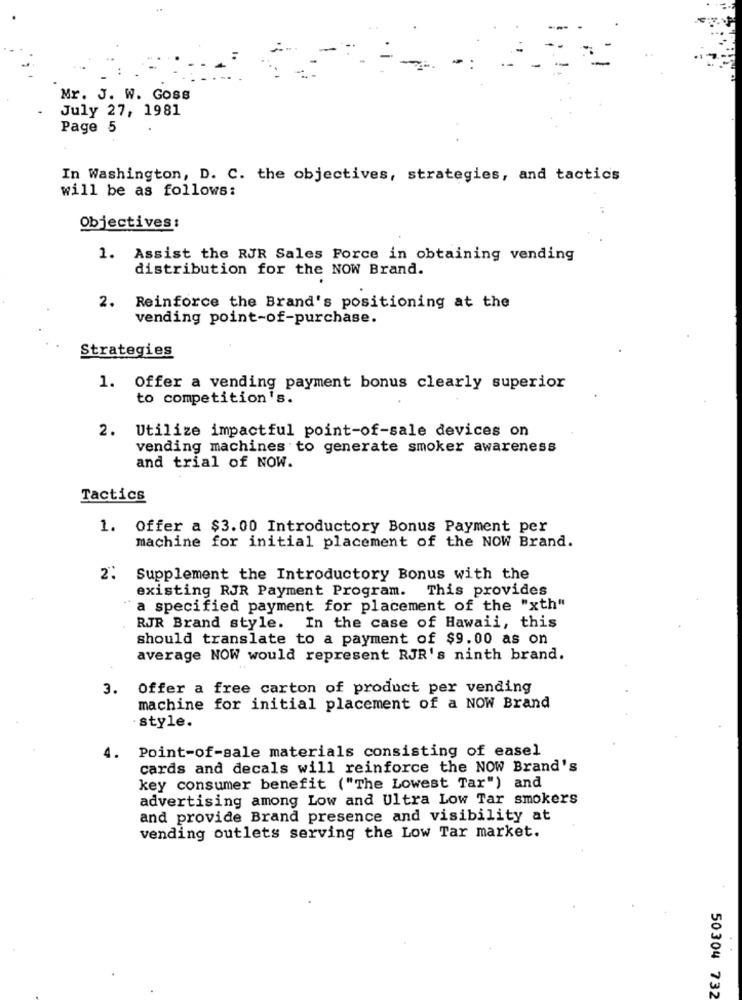
Mr. J. W. GOss
July 27, 1981
Page 5
In Washington, D. C. the objectives, strategies, and tactics
will be as follows:
Objectives:
1. Assist the RJR Sales Force in obtaining vending
distribution for the NOW Brand.
2. Reinforce the Brand's positioning at the
vending point-of-purchase.
Strategies
1. Offer a vending payment bonus clearly superior
to competition's.
2. Utilize impactful point-of-sale devices on
vending machines to generate smoker awareness
and trial of NOW.
Tactics
1. Offer a $3.00 Introductory Bonus Payment per
machine for initial placement of the NOW Brand.
2. Supplement the Introductory Bonus with the
existing RJR Payment Program. This provides
a specified payment for placement of the "xth"
RJR Brand style.
In the case of Hawaii, this
should translate to a payment of $9.00 as on
average NOW would represent RJR's ninth brand.
3. Offer a free carton of product per vending
machine for initial placement of a NOW Brand
style.
4. Point-of-sale materials consisting of easel
cards and decals will reinforce the NOW Brand's
key consumer benefit ("The Lowest Tar") and
advertising among Low and Ultra Low Tar smokers
and provide Brand presence and visibility at
vending outlets serving the Low Tar market.
50304 732